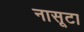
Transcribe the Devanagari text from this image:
नासूटा